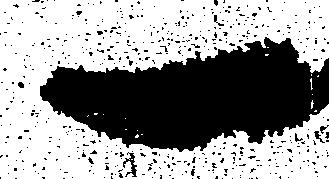
一